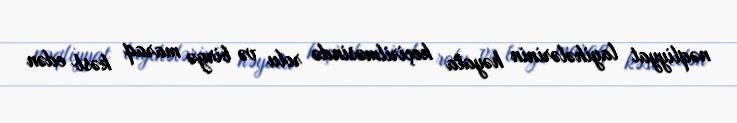
nəqliyyat layihələrinin həyata keçirilməsində rolu və birgə maraq kəsb edən